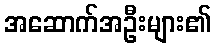
အဆောက်အဦးများ၏